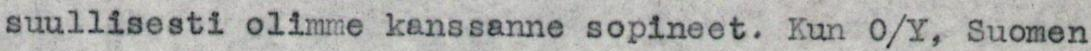
suullisesti olimme kanssanne sopineet. Kun 0/Y, Suomen